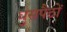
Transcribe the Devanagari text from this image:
घुसपैठों